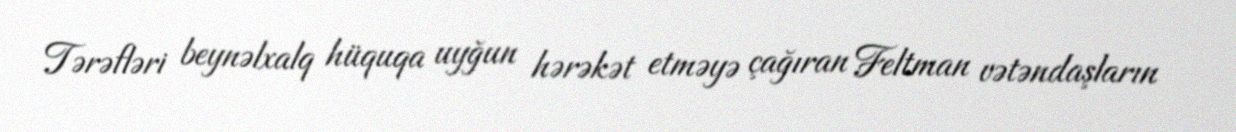
Tərəfləri beynəlxalq hüquqa uyğun hərəkət etməyə çağıran Feltman vətəndaşların